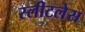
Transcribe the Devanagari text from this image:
स्लीटलेस